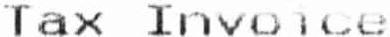
TAX INVOICE